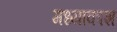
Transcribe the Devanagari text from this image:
मध्याकाश